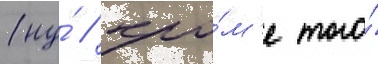
(ну́ / кро́м'е того́